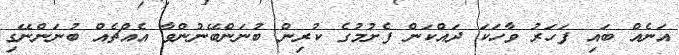
އަނެއް ބައި ފަހަރު ވާހަކަ ދައްކަން ފެށުމުގެ ކުރިން ބުނަންބޭނުންވާ އެއްޗެއް ބުނަންނޭގި